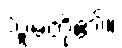
သူမတို့၏။